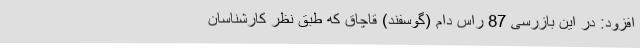
افزود: در این بازرسی 87 راس دام (گوسفند) قاچاق که طبق نظر کارشناسان